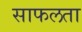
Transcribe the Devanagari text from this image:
साफलता